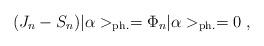
LaTeX: \begin{align*}(J_n - S_n) | \alpha >_{{\rm ph.}} = \Phi_n | \alpha >_{{\rm ph.}} = 0~, \end{align*}